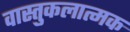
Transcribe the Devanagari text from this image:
वास्तुकलात्मक